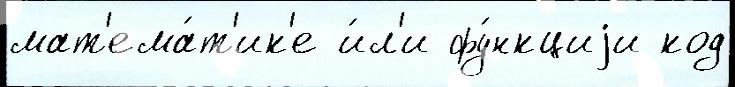
мат'ема́т'ик'е и́л'и фу́нкциjи код